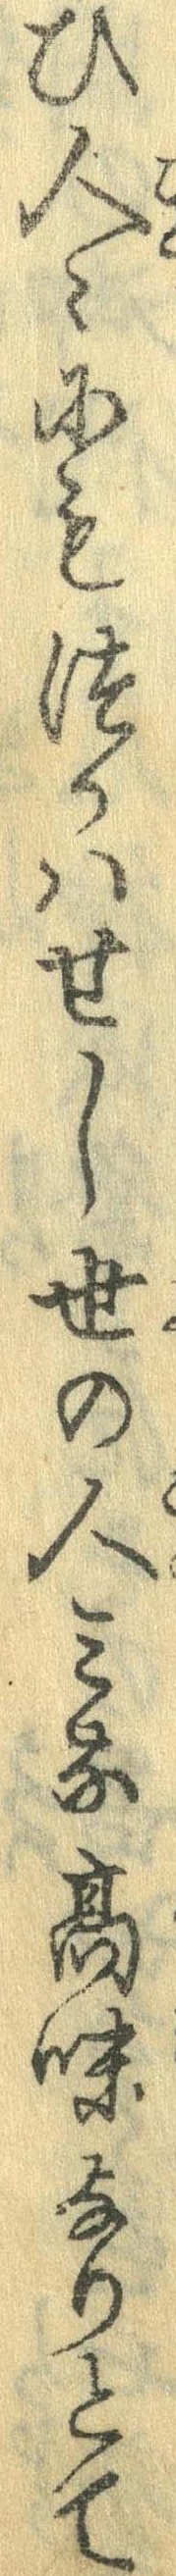
ひ人々にもつかはせし世の人みな高味なりとて